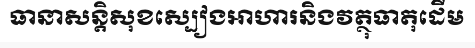
ធានាសន្តិសុខស្បៀងអាហារនិងវត្ថុធាតុដើម